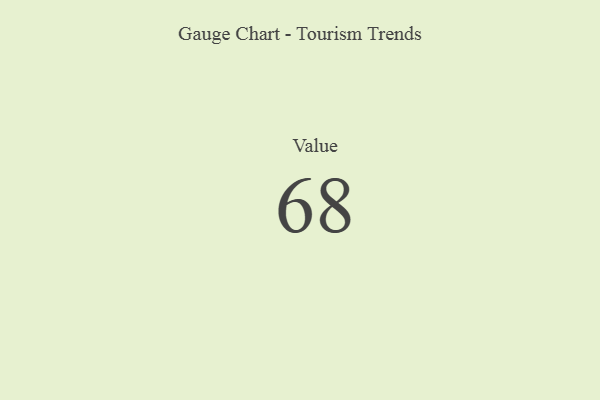
{"axis": {"x": "Metric", "y": "Value"}, "legend": [""], "data": [{"x": "Value", "y": 68, "type": ""}]}